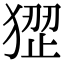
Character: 𤠏